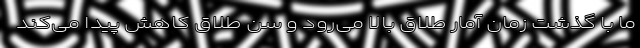
ما با گذشت زمان آمار طلاق بالا می‌رود و سن طلاق کاهش پیدا می‌کند